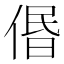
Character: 𠊽